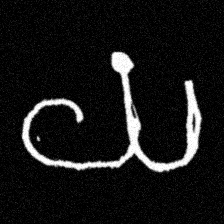
Pyu character \u2014 Myanmar letter: ယ (romanized: ya)